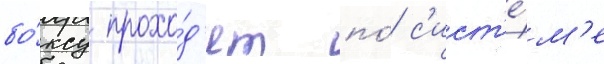
бо́ксу прохо́д'ят по́ с'ист'е́м'е